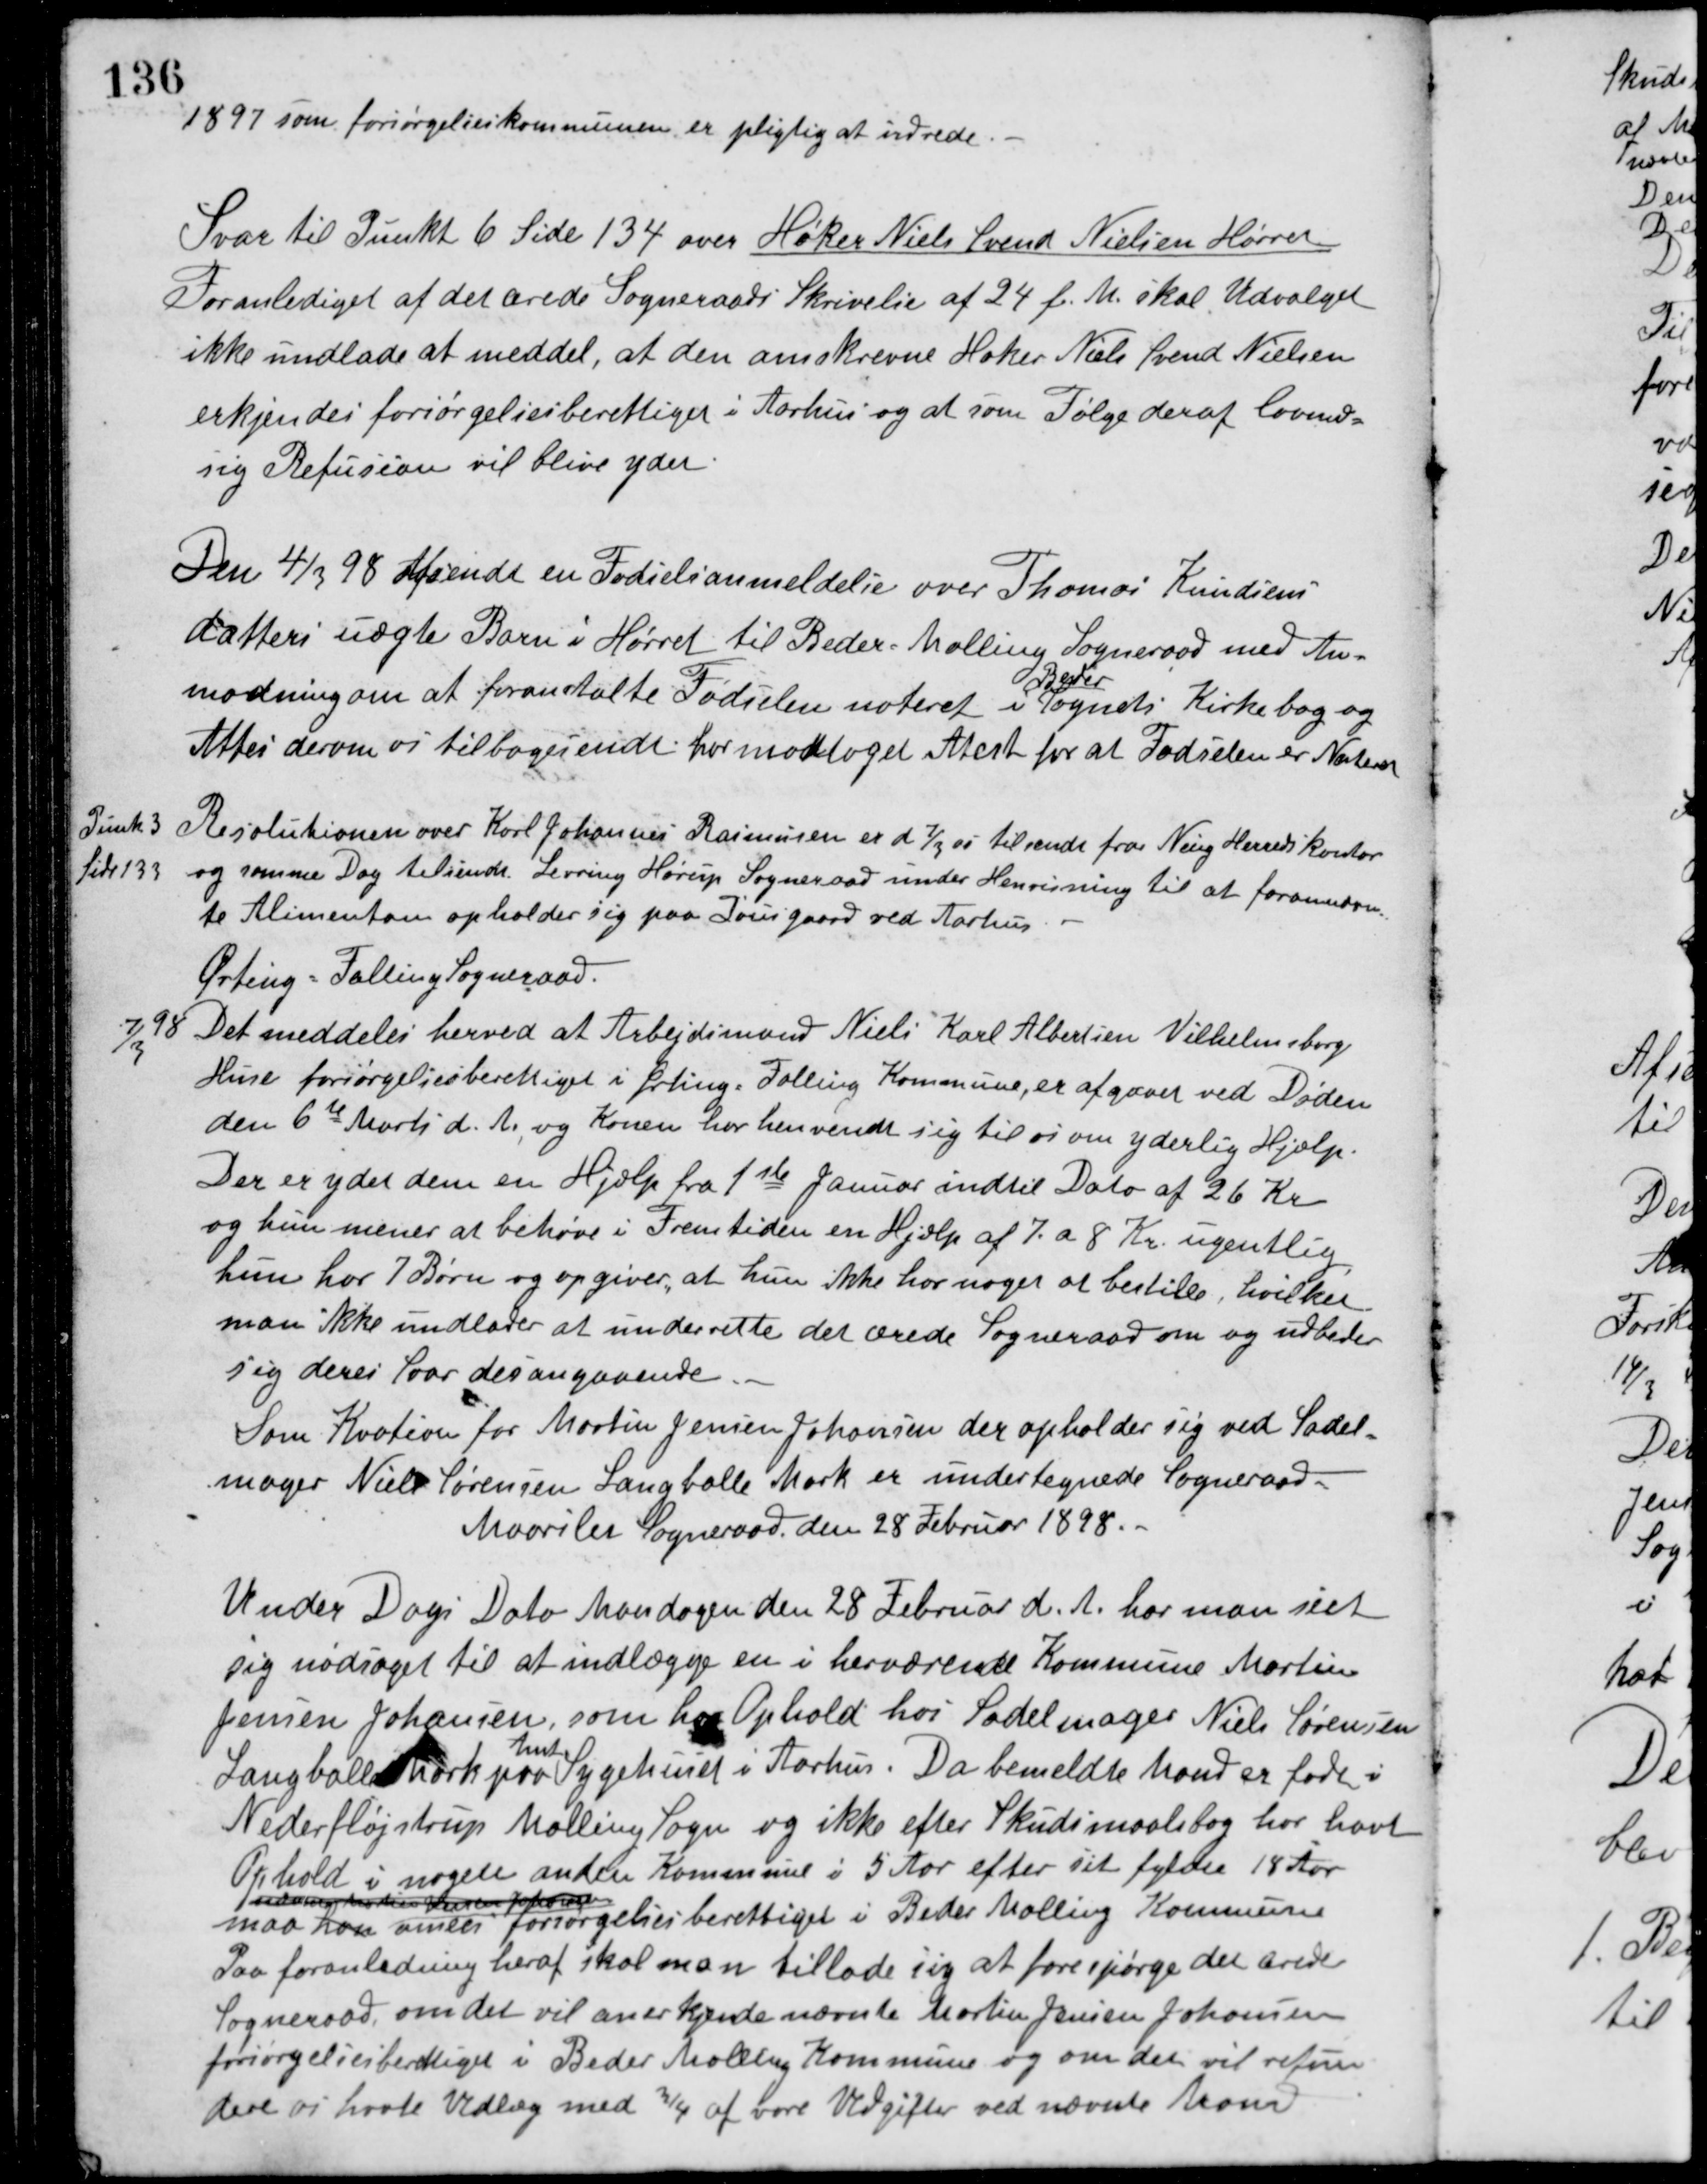
Transskription:
1897 som forsørgelseskommunen er pligtig at udrede.
Svar til Punkt 6 Side 134 over Høker Niels Svend Nielsen Hørret
Foranlediget af det ærede Sogneraads Skrivelse af 24 f. M. skal Udvalget
ikke undlade at meddel, at den omskrevne Høker Niels Svend Nielsen
erkjendes forsørgelsesberettiget i Aarhus og at som Følge deraf lovmæs-
sig Refusion vil blive ydet.
Den 4/3 98 Afsendt en Fødselsanmeldelse over Thomas Knudsens
datters uægte Barn i Hørret til Beder-Malling Sogneraad med An-
modning om at foranstalte Fødselen noteret i
Beder
Sognets Kirkebog og
Attest derom os tilbagesendt. har modtaget Atest for at Fødselen er Noteret.

Resolutionen over Karl Johannes Rasmussen er d 7/3 98 tilsendt fra Ning Herredskontor
og samme Dag tilsendt Levring Hørup Sogneraad under Henvisning til at forannævn-
te Alimentant opholder sig paa Tousgaard ved Aarhus.

Punk 3
Side 133

Ørting-Falling Sogneraad
Det meddeles herved at Arbejdsmand Niels Karl Albertsen Vilhelmsborg
Huse forsørgelsesberettiget i Ørting-Falling Kommune, er afgaaet ved Døden
den 6te Marts d. A. og Konen har henvendt sig til os om yderlig Hjælp.
Der er ydet dem en Hjælp fra 1ste Januar indtil Dato af 26 Kr.
og hun mener at behøve i Fremtiden en Hjælp af 7. a 8 Kr. ugentlig,
hun har 7 Børn og opgiver, at hun ikke har noget at bestille, hvilket
man ikke undlader at underrette det ærede Sogneraad om og udbeder
sig deres Svar desangaaende.

7/3
98

Som Kvotion for Martin Jensen Johansen der opholder sig ved Sadel-
mager Niels Sørensen Langballe Mark er undertegnede Sogneraad
Maarslet Sogneraad den 28 Februar 1898.
Under Dags Dato Mandagen den 28 Februar d. A. har man seet
sig nødsaget til at indlægge en i herværende Kommune Martin
Jensen Johansen, som har Ophold hos Sadelmager Niels Sørensen
Langballe Mark paa
Amts
Sygehuset i Aarhus. Da bemeldte Mand er født i
Nederfløjstrup Malling Sogn og ikke efter Skudsmaalsbog har havt
Ophold i nogen anden Kommune i 5 Aar efter sit fyldte 18 Aar
udvalglisten Karen Johan
maa han ansees forsørgelsesberettiget i Beder Malling Kommune.
Paa foranledning heraf skal man tillade sig at forespørge det ærede
Sogneraad, om det vil anerkjende nævnte Martin Jensen Johansen
forsørgelsesberettiget i Beder Malling Kommune og om det vil refun-
dere os havte Udlæg med 3/4 af vore Udgifter ved nævnte Mand.